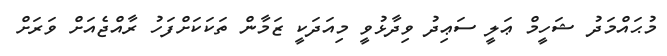
މުޙައްމަދު ޝަހީމް ޢަލީ ސަޢިދު ވިދާޅުވީ މިއަދަކީ ޒަމާން ތަކަކަށްފަހު ރާއްޖެއަށް ވަރަށް